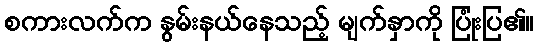
စကားလက်က နွမ်းနယ်နေသည့် မျက်နှာကို ပြုံးပြ၏။